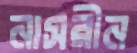
নাসরীন